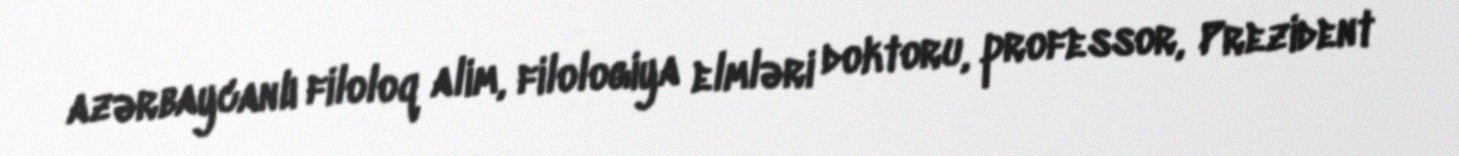
azərbaycanlı filoloq alim, filologiya elmləri doktoru, professor, Prezident